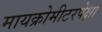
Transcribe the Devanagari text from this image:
मायक्रोमीटरपेक्षा